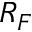
R _ { F }